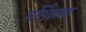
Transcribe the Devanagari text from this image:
मर्तिकाचा